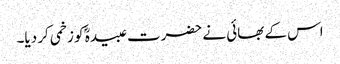
اس کے بھائی نے حضرت عبیدہؓ کو زخمی کر دیا۔